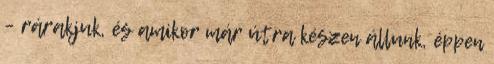
– rárakjuk, és amikor már útra készen állunk, éppen